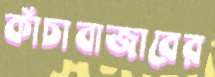
কাঁচাবাজারের